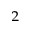
^ { 2 }